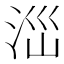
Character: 𣳺